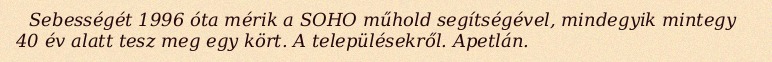
Sebességét 1996 óta mérik a SOHO műhold segítségével, mindegyik mintegy 40 év alatt tesz meg egy kört. A településekről. Apetlán.